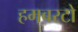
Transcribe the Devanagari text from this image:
हमबरटो